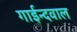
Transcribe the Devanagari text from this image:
गाईन्दवाल